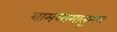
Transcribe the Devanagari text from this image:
यामध्यमातूनच